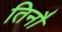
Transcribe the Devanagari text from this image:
तिनौ